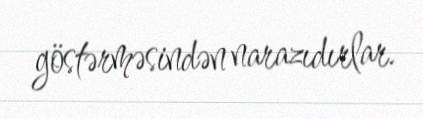
göstərməsindən narazıdırlar.